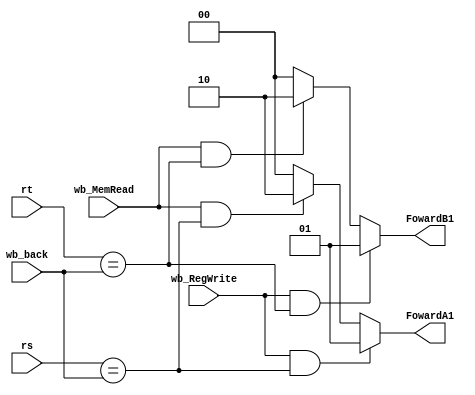
`timescale 1ns / 1ps
//////////////////////////////////////////////////////////////////////////////////
// Company: 
// Engineer: 
// 
// Design Name: 
// Module Name:    Foward1 
// Project Name: 
// Target Devices: 
// Tool versions: 
// Description: 
//
// Dependencies: 
//
// Revision: 
// Revision 0.01 - File Created
// Additional Comments: 
//
//////////////////////////////////////////////////////////////////////////////////
module Foward1(FowardA1,FowardB1,rs,rt,wb_back,wb_RegWrite,wb_MemRead
    );
	 output reg[1:0]FowardA1;
	 output reg[1:0]FowardB1;
	 input[4:0]rs;
	 input [4:0]rt;
	 input [4:0]wb_back;
	 input wb_RegWrite,wb_MemRead;
	 
	 always@(*)
	 begin
		if(wb_RegWrite && rs==wb_back)
			FowardA1=1;
		else if(wb_MemRead &&rs==wb_back)
			FowardA1=2;
		else
			FowardA1=0;
			
		if(wb_RegWrite && rt==wb_back)
			FowardB1=1;
		else if(wb_MemRead &&rt==wb_back)
			FowardB1=2;
		else
			FowardB1=0;
	 end


endmodule